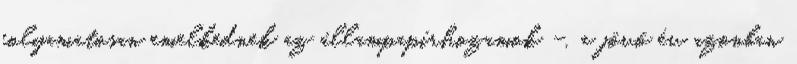
folyamatosan emelkednek az állampapírhozamok –, a jövő év azonban